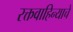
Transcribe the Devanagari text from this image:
रक्तवाहिन्याचे